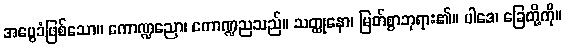
အမွေခံဖြစ်သော။ ကောဏ္ဍညော၊ ကောဏ္ဍညသည်။ သတ္ထုနော၊ မြတ်စွာဘုရား၏။ ပါဒေ၊ ခြေတို့ကို။